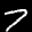
Label: 7